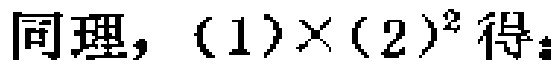
同理，\((1)\times(2)^{2}\)得：